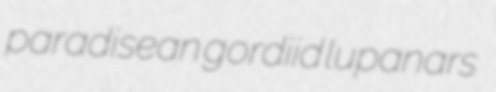
paradisean gordiid lupanars